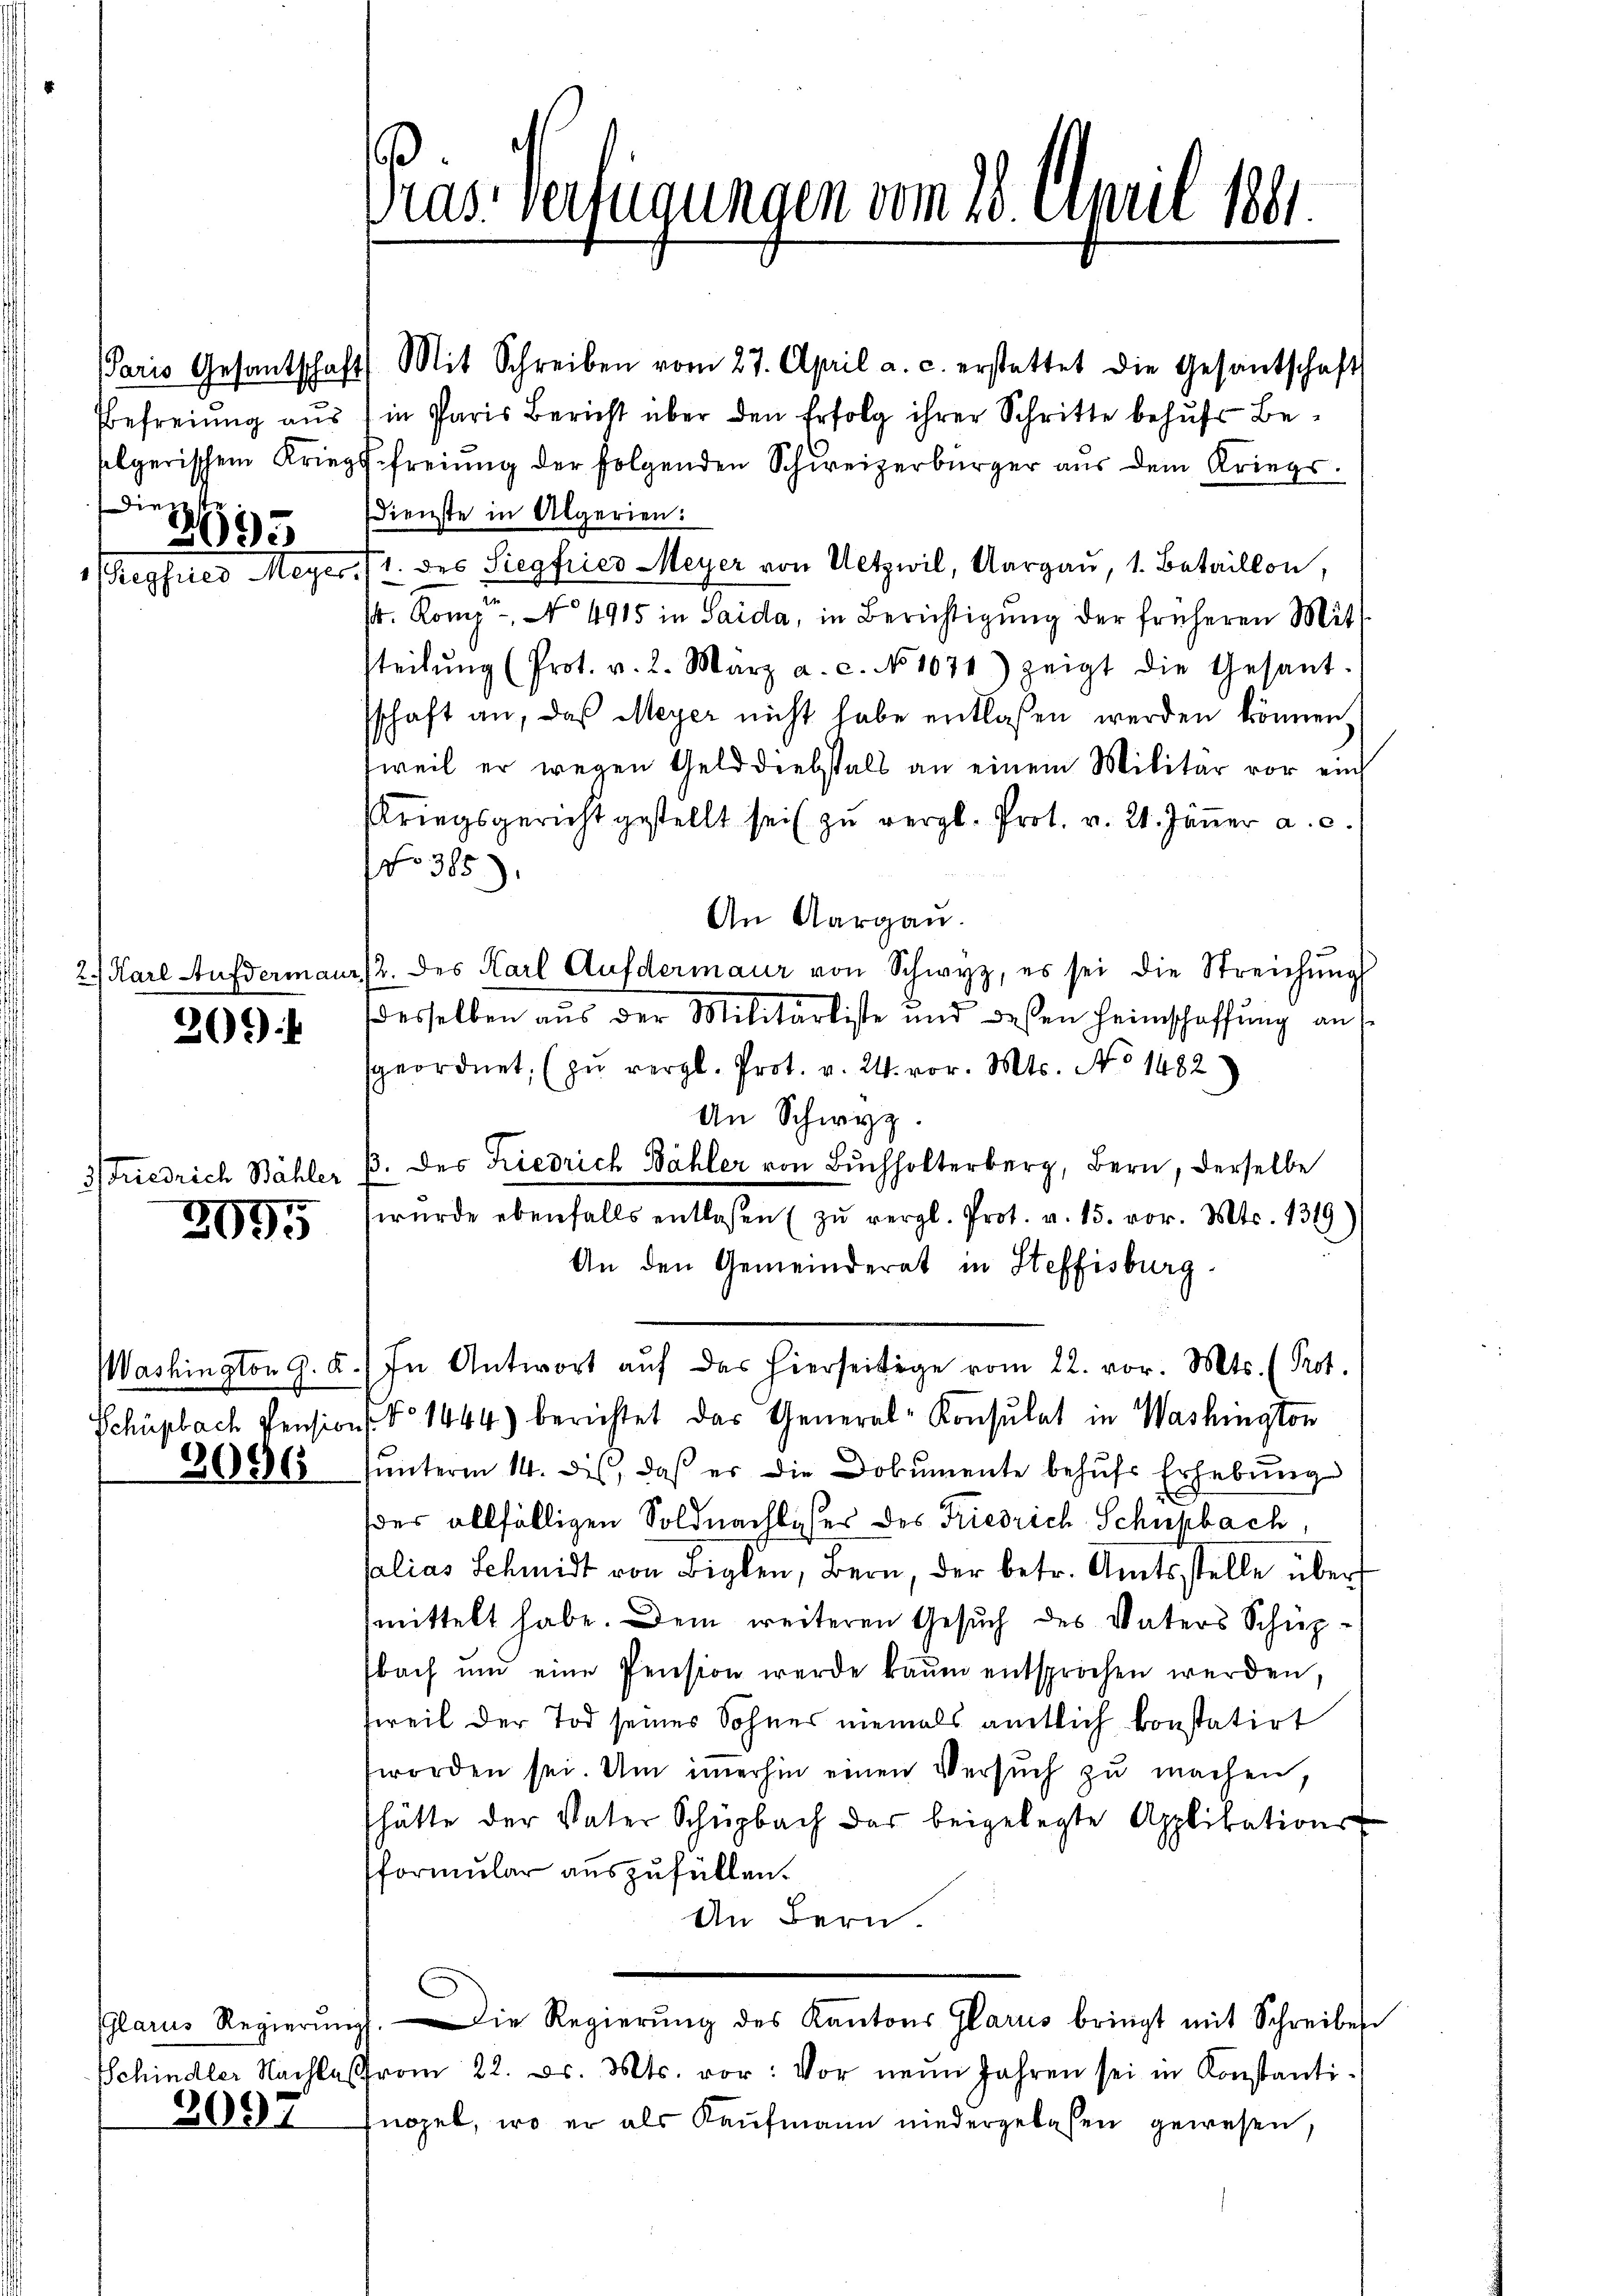
Paris Gesantschaft
Befreiung aus
selgerischem Kriegsdient.

s

2.) Karl A.

695
23. Meyer.

30

dermann

Friedrich Bähler

2095

Washington G. B.
Schüpbach Pension

2090

(Glarus Regierung
Schindler Nachlaß
2097

Pras-Verfügungen vom 28. April 1861.

Mit Schreiben vom 27. April a. c. erstattet die Gesantschaft
in Paris Bericht über den Erfolg ihrer Schritte behufs Befreiung der folgenden Schweizerbürger aus dem Kriegs¬
Dienste in Algerien:
1. des Siegfried Meyer von Uetzwil, Aargau, 1. Betaillon,
4. Komp - No 4915 in Saida, in Berichtigŭng der früheren Mit
teilŭng (Prot. v. 2. März a. c. No 1071) zeigt die Gesant-
schaft an, daß Meyer nicht habe entlassen werden können
weil er wegen Gelddiebstals an einem Militär vor ein
Kriegsgericht gestellt sei zu vergl. Prot. v. 21. Janer a. c.
No 385).
An Aargau
2. des Karl Aufdermaur von Schwyz, es sei die Streichŭng
desselben aus Militarliste und dessen Heimschaffung aus
geordnet. (zu vergl. Prot. v. 24. vor. Mts. No 1482)
An Schwyz.
 des Friedrich Bähler von Buchholterberg, Bern, derselbe
wŭrde ebenfalls entlassen (zŭ vergl. Prot. v. 15. vor. Mts. 1319)
An den Gemeinderat in Steffisburg.
In Antwort aŭf das hierseitige vom 22. vor. Mts. (Prot.
No 1444) berichtet das General-Consulat in Washington
interm 14. des, daß er die Dokumente behŭfs Erhebŭng
der allfälligen Soldnachlasser des Friedrich Schupbach,
lias Schmidt von Biglen, Bern, der betr. Amtsstelle über
mittelt habe. Dem weiteren Gesuch des Vaters Schupbach und eine Pension werde kaum entsprochen werden,
reil der Tod seines Sohnes niemals amtlich konstatirt
worden sei. Um immerhin einen Versuch zu machen,
hätte der Vater Schüpbach das beigelegte Applikations-
formular auszufüllen.
An Bern.
Die Regierŭng des Kantons Glarus bringt mit Schreibes
vom 22. ds. Mts. vor: vor neun Jahren sei in Konstanti
nopel, wo er als Kaufmann niedergebachen gewesen,